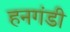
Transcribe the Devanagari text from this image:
हनगंडी